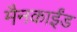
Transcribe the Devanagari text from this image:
मैनकाईंड